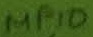
Text: MP10